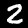
Digit: 2